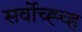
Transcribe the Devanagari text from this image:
सर्वोच्ह्च्ह